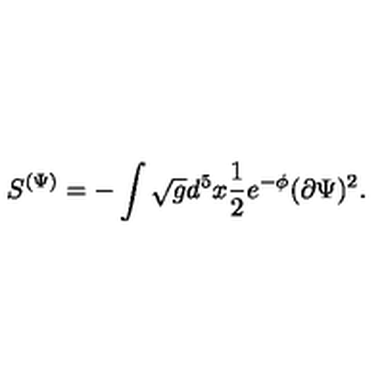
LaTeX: S ^ { ( \Psi ) } = - \int \sqrt { g } d ^ { 5 } x \frac { 1 } { 2 } e ^ { - \phi } ( \partial \Psi ) ^ { 2 } .